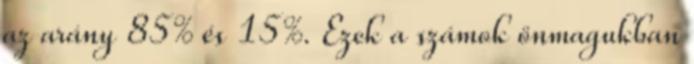
az arány 85% és 15%. Ezek a számok önmagukban